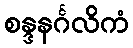
စန္ဒနင်္ဂလိကံ